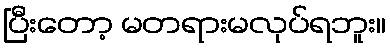
ပြီးတော့ မတရားမလုပ်ရဘူး။